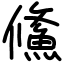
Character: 鯈